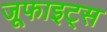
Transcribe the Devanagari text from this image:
जूफाइट्स